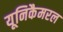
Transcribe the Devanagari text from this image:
यूनिकैमरल